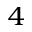
_ 4